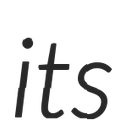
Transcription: its